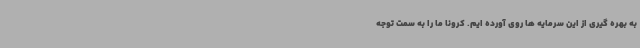
به بهره گیری از این سرمایه ها روی آورده ایم. کرونا ما را به سمت توجه